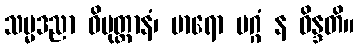
သမ္မဒညာ ဝိမုတ္တာနံ၊ မာရော မဂ္ဂံ န ဝိန္ဒတိ။